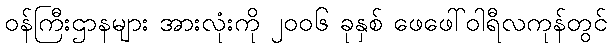
ဝန်ကြီးဌာနများ အားလုံးကို ၂၀၀၆ ခုနှစ် ဖေဖေါ်ဝါရီလကုန်တွင်